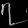
Digit: ၇